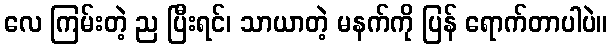
လေ ကြမ်းတဲ့ ည ပြီးရင်၊ သာယာတဲ့ မနက်ကို ပြန် ရောက်တာပါပဲ။